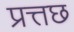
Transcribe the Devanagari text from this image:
प्रत्तछ